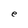
Character: e